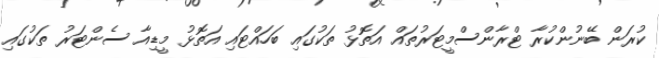
ކުރަން ބޭނުންކުރާ ޓްރާންސްމީޓަރުތައް އަތޮޅު ތަކުގައި ބަހައްޓައި އަތޮޅު މީޑިއާ ސެންޓަރު ތަކުގައި